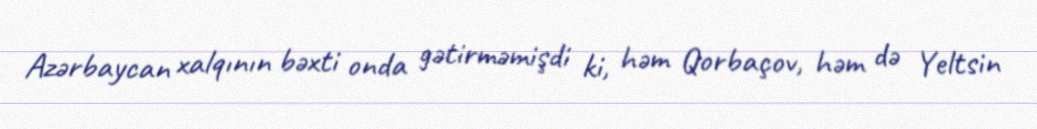
Azərbaycan xalqının bəxti onda gətirməmişdi ki, həm Qorbaçov, həm də Yeltsin